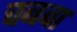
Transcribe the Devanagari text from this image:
चबवा